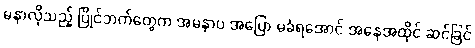
မနာလိုသည့် ပြိုင်ဘက်တွေက အမနာပ အပြော မခံရအောင် အနေအထိုင် ဆင်ခြင်